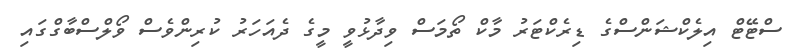
ސްޓޭޓް އިލެކްޝަންސްގެ ޑިރެކްޓަރު މާކް ތޯމަސް ވިދާޅުވީ މީގެ ދެއަހަރު ކުރިންވެސް ވޯލްސްބާގްގައި